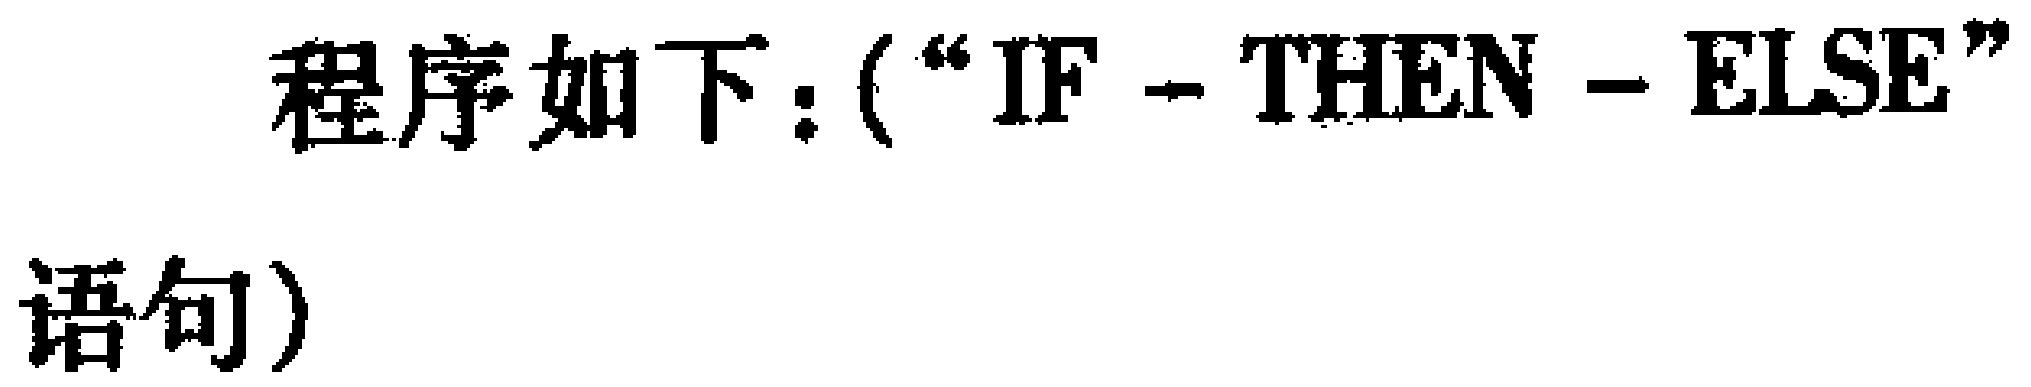
程序如下：(“IF - THEN - ELSE”语句)